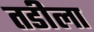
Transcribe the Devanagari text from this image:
तडीला